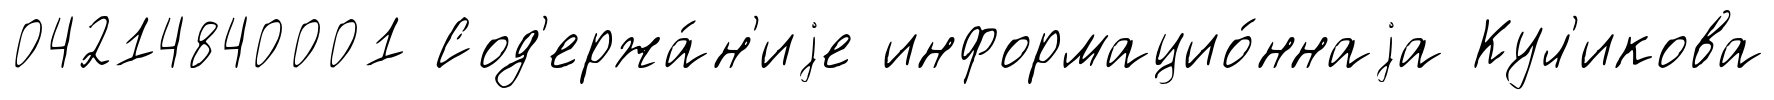
04214840001 Сод'ержа́н'иjе информацио́ннаjа Кул'икова